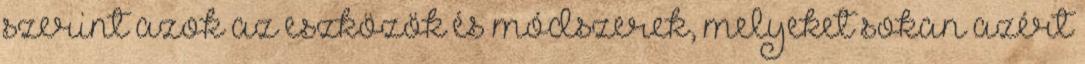
szerint azok az eszközök és módszerek, melyeket sokan azért